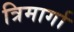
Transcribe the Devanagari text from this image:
त्रिमार्गा